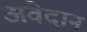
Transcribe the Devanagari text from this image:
अवेदान